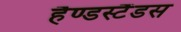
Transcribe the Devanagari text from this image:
हैण्डस्टैंडस